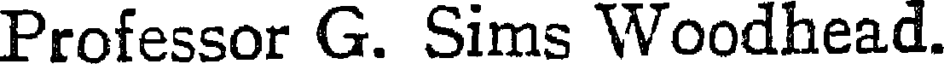
Professor G. Sims Woodhead.